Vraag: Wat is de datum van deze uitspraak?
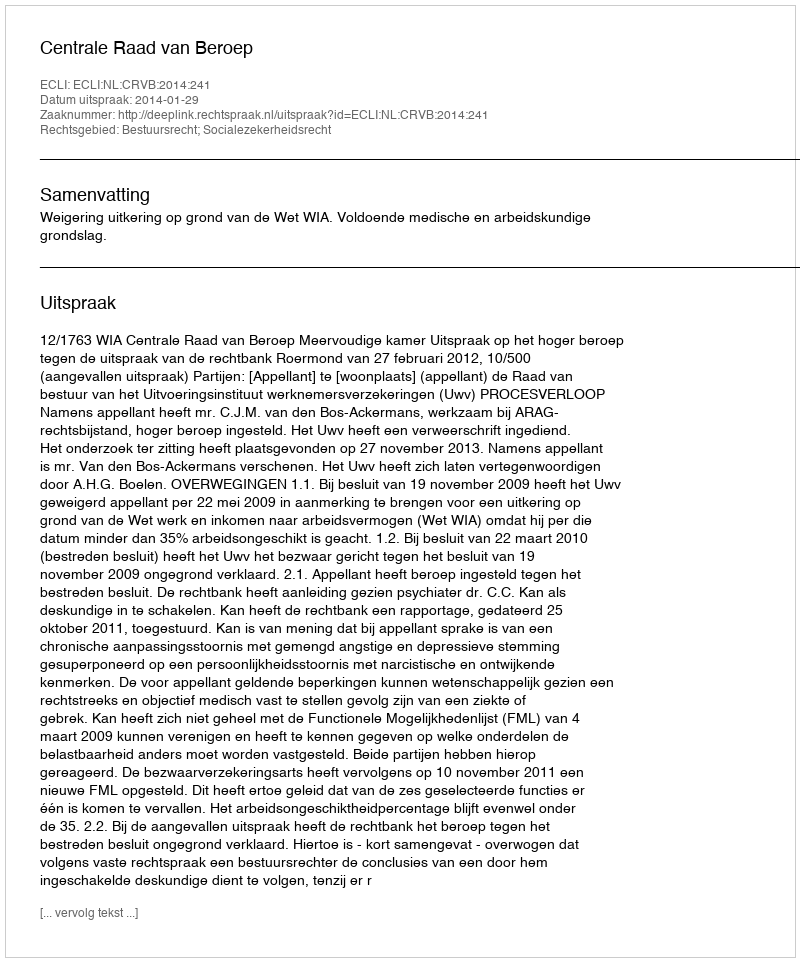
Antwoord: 2014-01-29